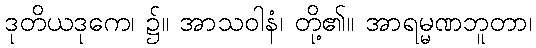
ဒုတိယဒုကေ၊ ၌။ အာသဝါနံ၊ တို့၏။ အာရမ္မဏဘူတာ၊